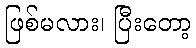
ဖြစ်မလား၊ ပြီးတော့